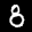
Label: 8